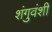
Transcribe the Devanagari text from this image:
शंगुवंशी